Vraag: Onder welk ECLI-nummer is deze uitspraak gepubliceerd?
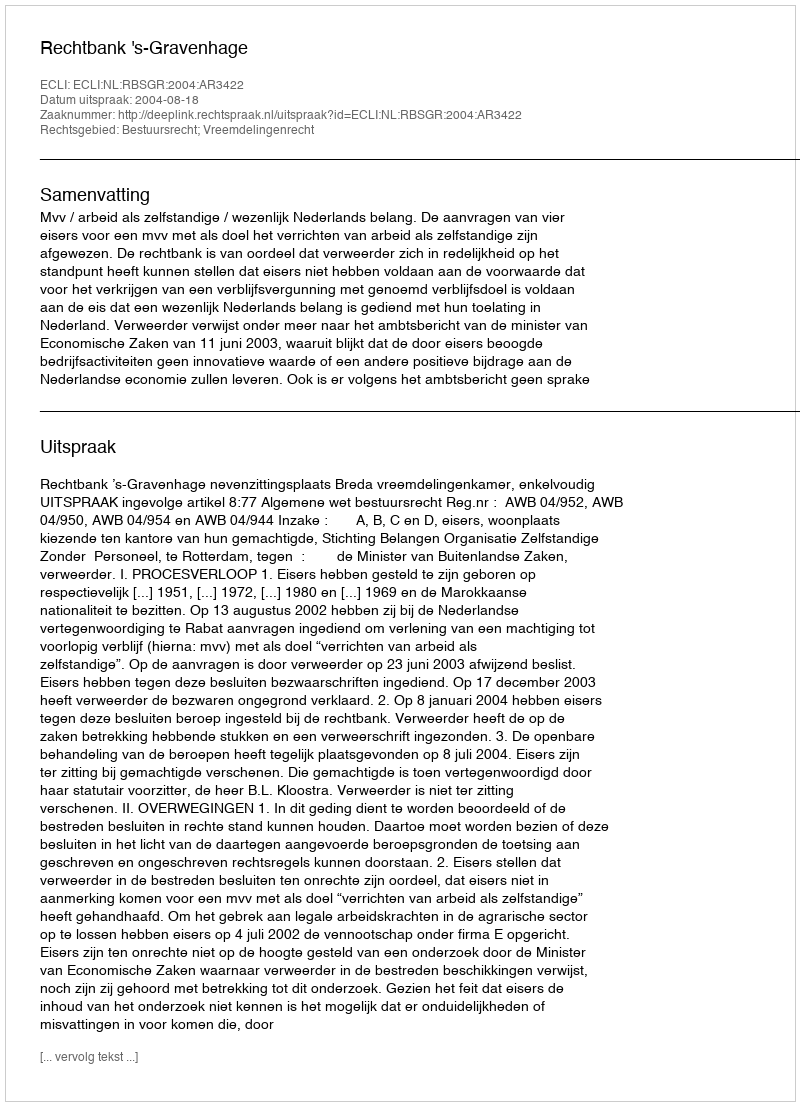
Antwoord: ECLI:NL:RBSGR:2004:AR3422